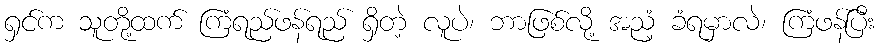
ရှင်က သူတို့ထက် ကြံရည်ဖန်ရည် ရှိတဲ့ လူပဲ၊ ဘာဖြစ်လို့ အညံ့ ခံရမှာလဲ၊ ကြံဖန်ပြီး